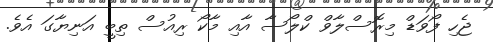
ޖެހި ފޯވަޑް މިރޮސްލާވް ކްލޯސާ އާއި މާކޯ ރިއުސް ތިބީ އަނިޔާގަ އެވެ.